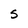
Character: S